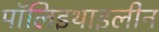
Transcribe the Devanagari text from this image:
पॉलिइथाइलीन